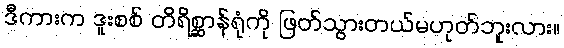
ဒီကားက ဒူးစစ် တိရိစ္ဆာန်ရုံကို ဖြတ်သွားတယ်မဟုတ်ဘူးလား။